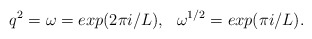
\begin{align*}q^2=\omega=exp(2\pi i/L), ~~\omega^{1/2}=exp(\pi i/L).\end{align*}